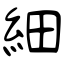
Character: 細